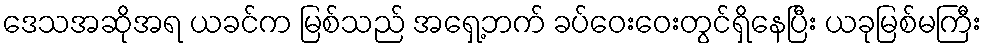
ဒေသအဆိုအရ ယခင်က မြစ်သည် အရှေ့ဘက် ခပ်ဝေးဝေးတွင်ရှိနေပြီး ယခုမြစ်မကြီး